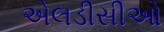
એલડીસીઓ